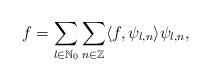
LaTeX: \begin{align*} f = \sum\limits_{ l \in \mathbb{N}_{0}} \sum\limits_{n \in \mathbb{Z} } \langle f, \psi_{l,n} \rangle \psi_{l,n},\end{align*}